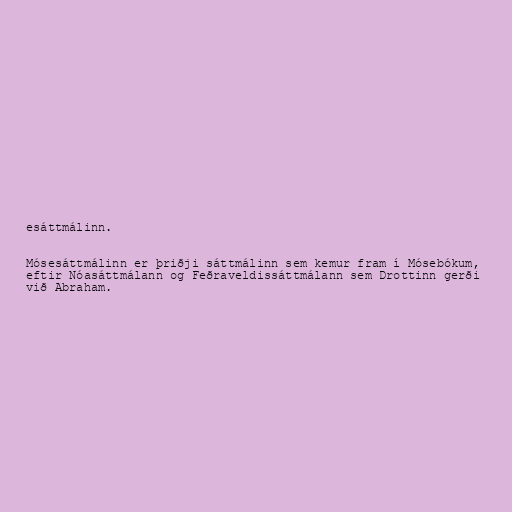
esáttmálinn.

Mósesáttmálinn er þriðji sáttmálinn sem kemur fram í Mósebókum,
eftir Nóasáttmálann og Feðraveldissáttmálann sem Drottinn gerði
við Abraham.